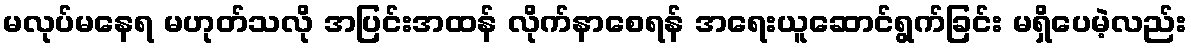
မလုပ်မနေရ မဟုတ်သလို အပြင်းအထန် လိုက်နာစေရန် အရေးယူဆောင်ရွက်ခြင်း မရှိပေမဲ့လည်း